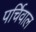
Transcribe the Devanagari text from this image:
पर्चिवाल